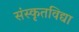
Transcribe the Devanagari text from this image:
संस्कृतविद्या